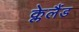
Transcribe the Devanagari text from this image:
क्लेलैंड